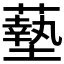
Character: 𫉷